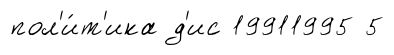
пол'и́т'ика д'ис 19911995 5